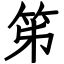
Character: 笫